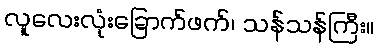
လူလေးလုံးခြောက်ဖက်၊ သန်သန်ကြီး။